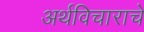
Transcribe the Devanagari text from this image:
अर्थविचाराचे